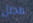
محلل